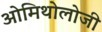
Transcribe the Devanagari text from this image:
ओमिथोलोजी